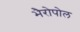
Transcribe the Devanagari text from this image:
भैरोपोल